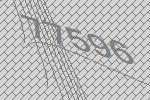
77596